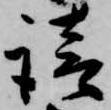
請